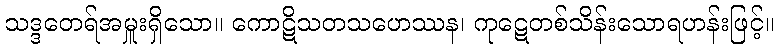
သဒ္ဒတေရ်အမှူးရှိသော။ ကောဋိသတသဟေဿန၊ ကုဋေတစ်သိန်းသောရဟန်းဖြင့်။